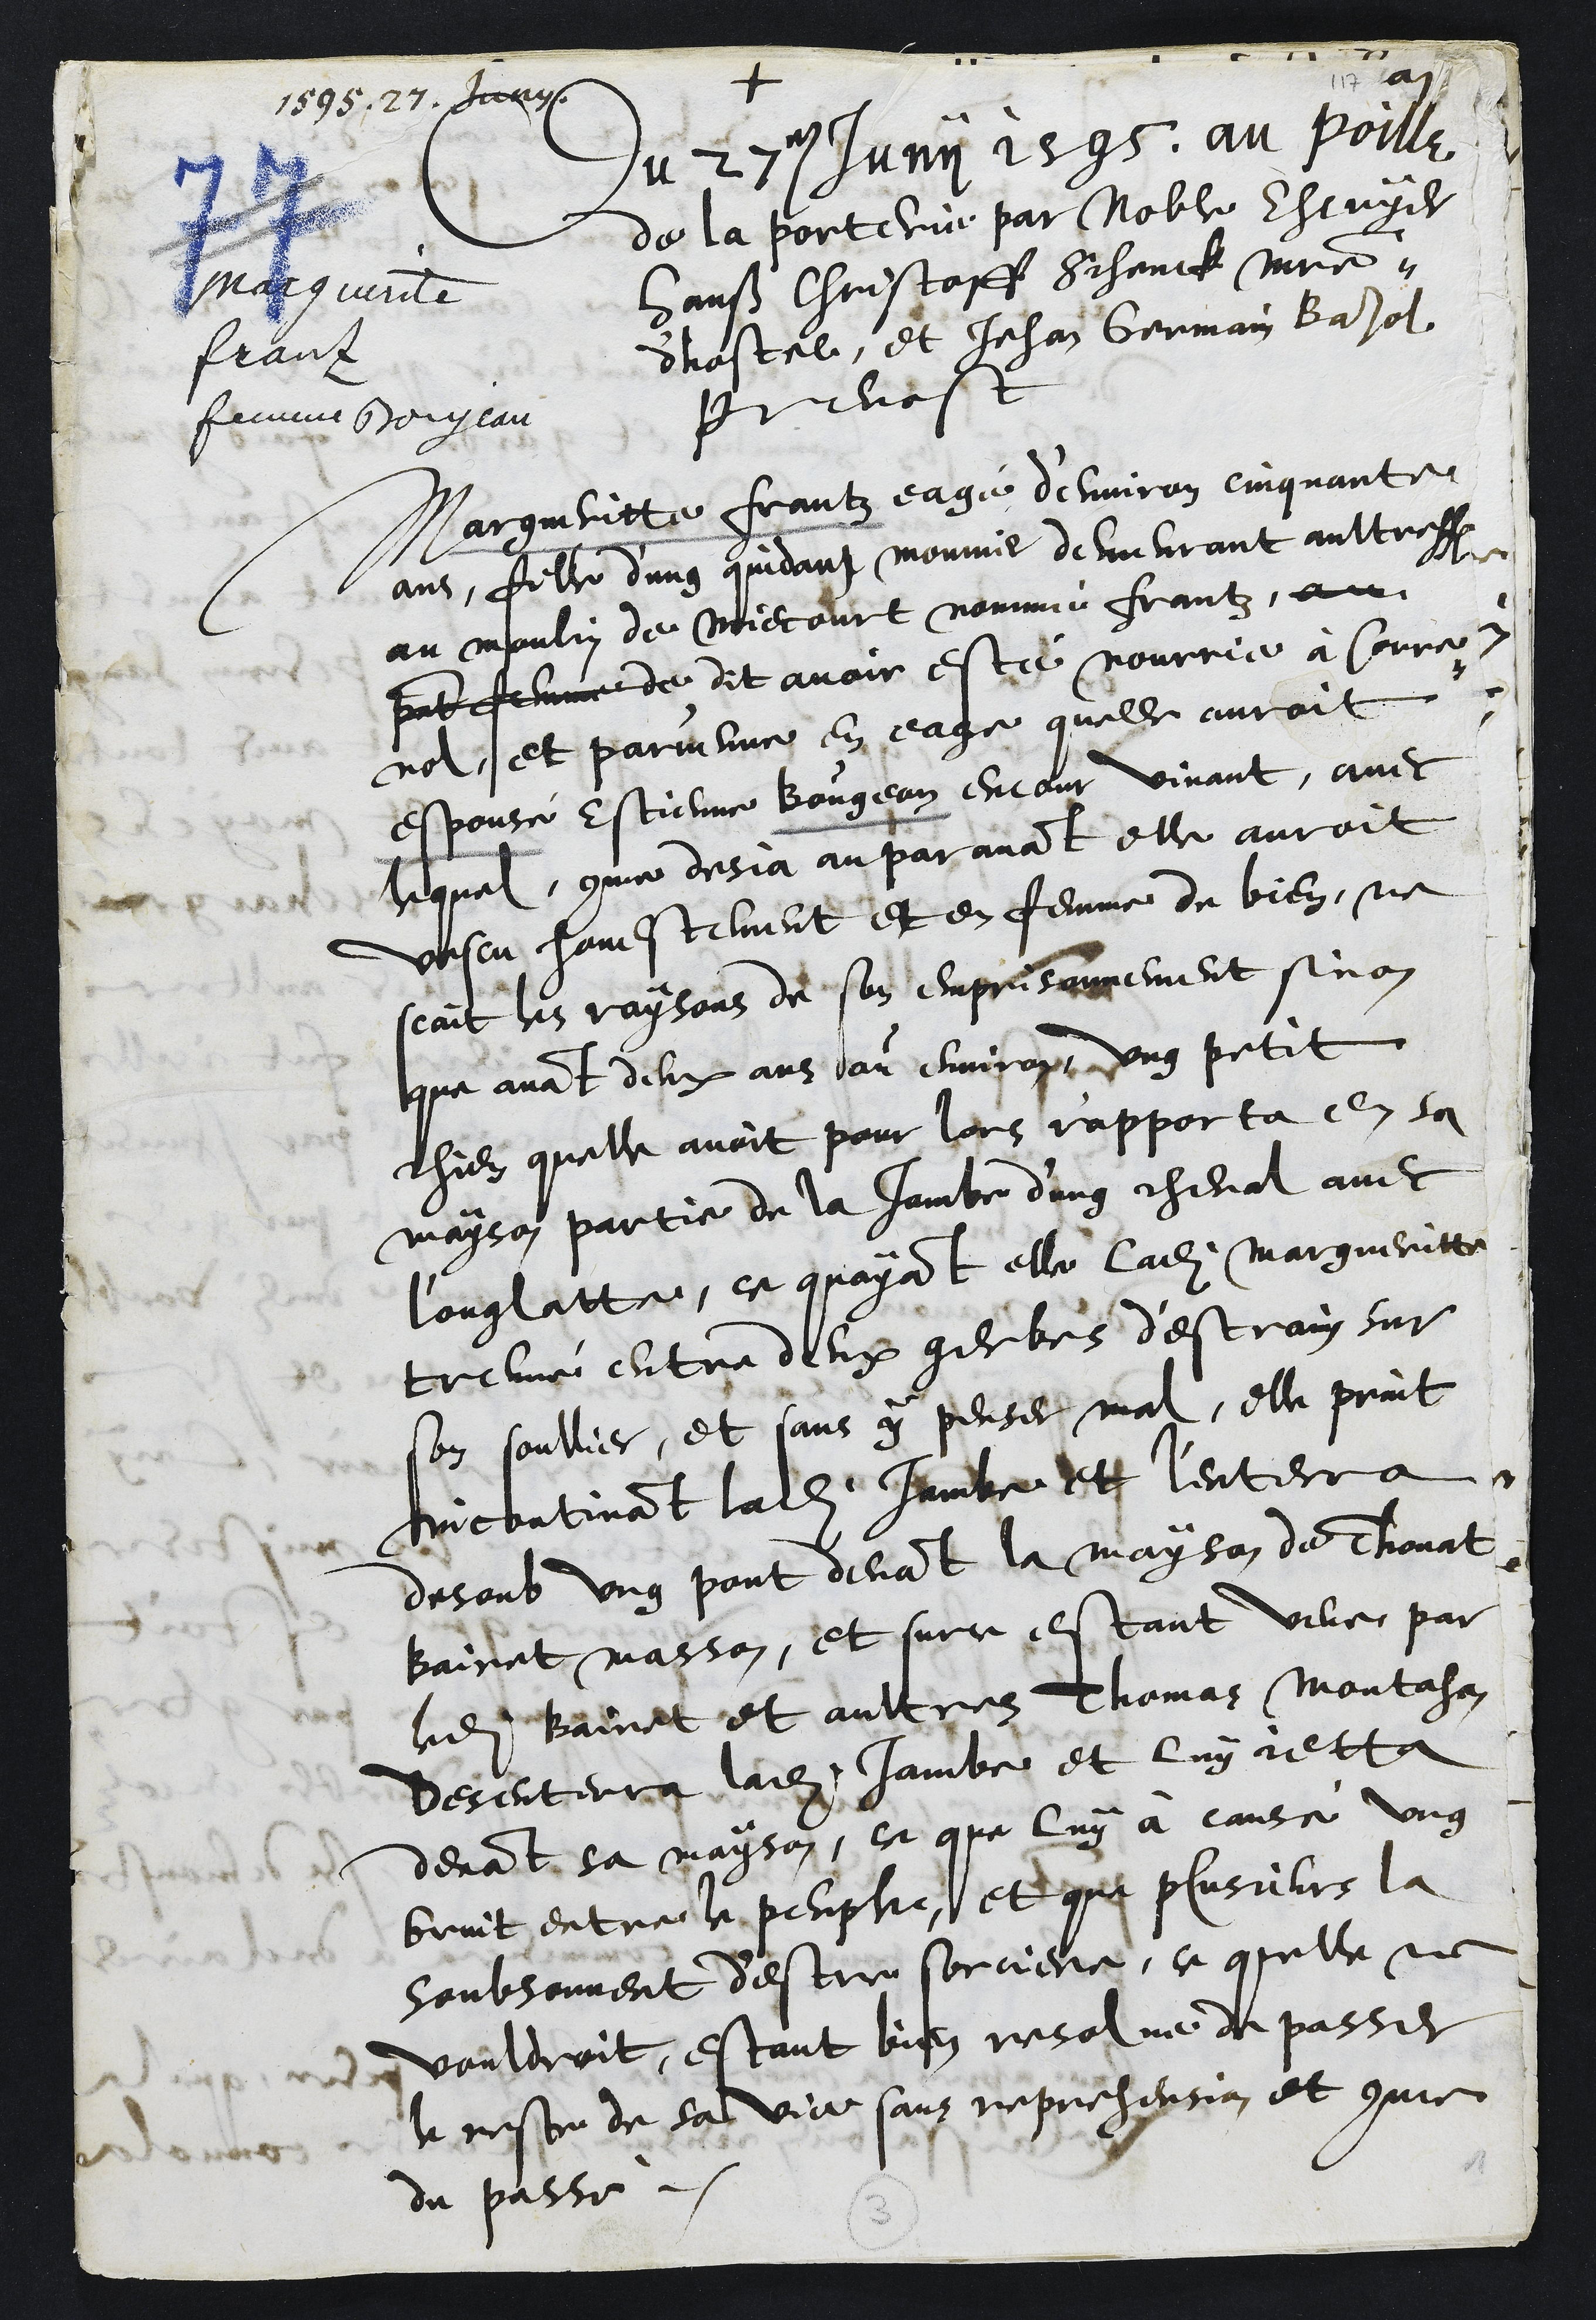
+
1595. 27. Junii
marguerite
franz
femme Boujean
Du 27e Junii 1595 au poille
de la porterie par Noble Escuyer
Hanß Christoff Schenck maistre
d'hostel, et Jehan Germain Bajol
Prevost
Margueritte frantz eagé d'environ cinquante
ans, fille d'ung quidam mounier demeurant aultreffois
au moulin de Miecourt nommé frantz, au
present femme de dit avoir esté nourrie à Corre¬
nol, et parvenue en eage quelle auroit
espousé Estienne Bougean encour vivant, avec
lequel comme desja au paravant elle auroit
vescu honestement et en femme de bien, ne
scait les raysons de son emprisonnement sinon
que avant deux ans ou environ ung petit
chien quelle avoit pour lors r'apporta en sa
mayson partie de la jambe d'ung cheval avec
l'onglatte, ce quayant elle ladite Margueritte
treuvé entre deux gerbes d'estrain sur
son soullier, et sans y penser mal, elle print
incontinant ladite Jambe et l'enterra
desoub ung pont devant la mayson de Thonat
Bairet masson, et surce estant veue par
ledit Bairet et aultres Thomas Montahon
desenterra ladite jambe et luy jetta
devant sa mayson, ce que luy à causé ung
bruit entre le peuple et que plusieurs la
soubsonnent d'estre sorciere, ce quelle ne
vouldroit, estant bien resolue de passer
le reste de sa vie sans reprehension et comme
du passé.
3
1